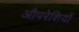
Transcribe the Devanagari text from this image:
औपरेशियों